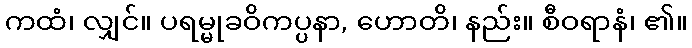
ကထံ၊ လျှင်။ ပရမ္မုခဝိကပ္ပနာ, ဟောတိ၊ နည်း။ စီဝရာနံ၊ ၏။